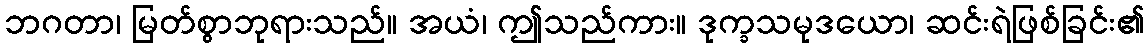
ဘဂတာ၊ မြတ်စွာဘုရားသည်။ အယံ၊ ဤသည်ကား။ ဒုက္ခသမုဒယော၊ ဆင်းရဲဖြစ်ခြင်း၏